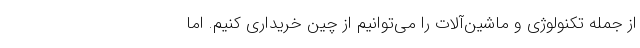
از جمله تکنولوژی و ماشین‌آلات را می‌توانیم از چین خریداری کنیم. اما